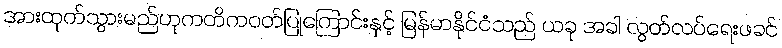
အားထုတ်သွားမည်ဟုကတိကဝတ်ပြုကြောင်းနှင့် မြန်မာနိုင်ငံသည် ယခု အခါ လွတ်လပ်ရေးဖခင်